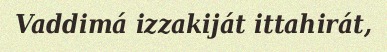
Vaddimá izzakiját ittahirát,